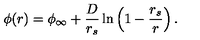
\phi ( r ) = \phi _ { \infty } + { \frac { D } { r _ { s } } } \ln \left( 1 - { \frac { r _ { s } } { r } } \right) .